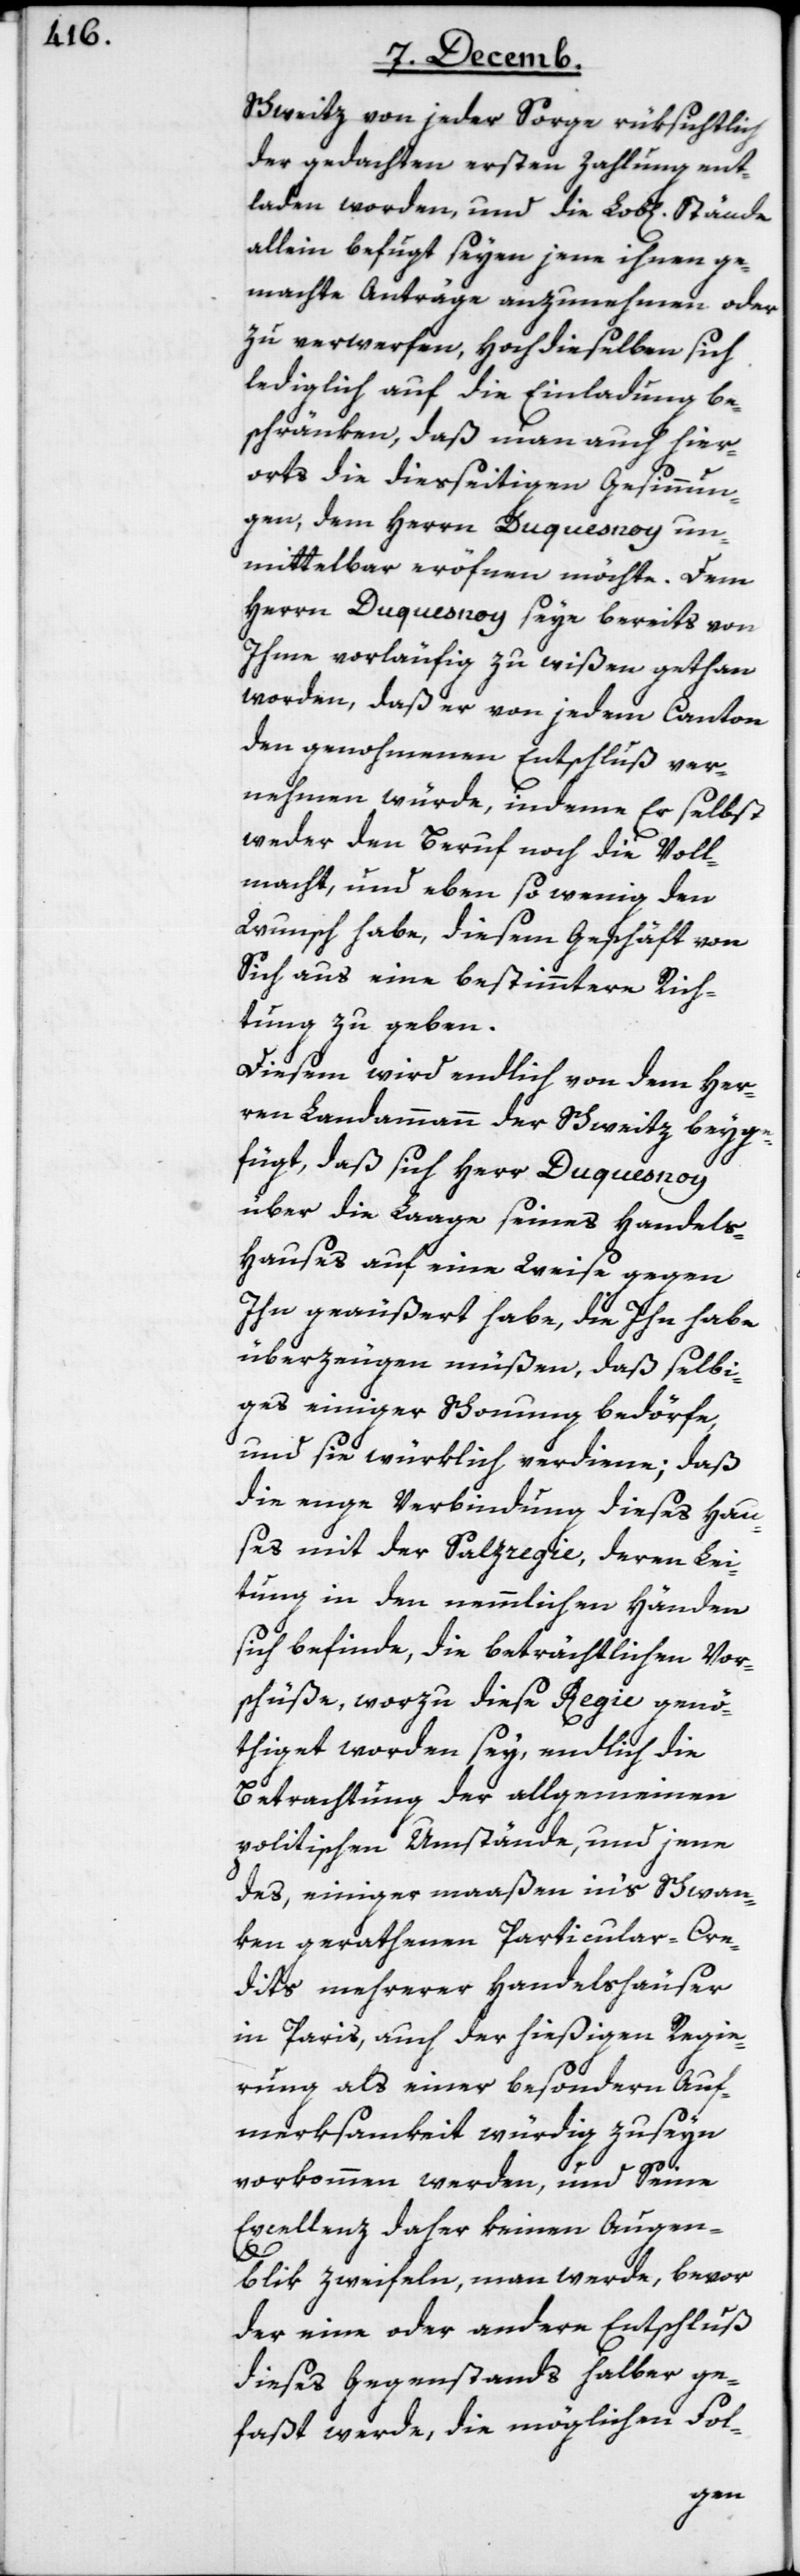
Schweitz von jeder Sorge rüksichtlich
der gedachten ersten Zahlung ent¬
laden worden, und die Lob[lichen]
allein befugt seyen jene ihnen ge¬
machte Anträge anzunehmen oder
zu verwerfen, Hochdieselben sich
lediglich auf die Einladung be¬
schränken, daß man auch hier¬
orts die dieseitigen Gesinnun¬
gen, dem Herrn Duquesnoy un¬
mittelbar eröfnen möchte. Dem
Herrn Dusquesnoy seye bereits von
Ihme vorläufig zu wißen gethan
worden, daß er von jedem Canton
den genohmenen Entschluß ver¬
nehmen würde, indeme Er selbst
weder den Beruf noch die Voll¬
macht, und eben so wenig den
Wunsch habe, diesem Geschäft von
Sich aus eine bestimmtere Rich¬
tung zu geben.
Diesem wird endlich von dem Her¬
ren Landammann der Schweitz beyge¬
fügt, daß sich Herr Duquesnoy
über die Laage seines Handels-H¬
auses auf eine Weise gegen
Ihn geäußert habe, die Ihn habe
überzeugen müßen, daß selbi¬
ges einiger Schonung bedörfe,
und sie würklich verdiene; daß
die enge Verbindung dieses Hau¬
ses mit der Salzregie, deren Lei¬
tung in den nemmlichen Händen
sich befinde, die beträchtlichen Vor¬
schüße, worzu diese Regie genö¬
thiget worden sey, endlich die
Betrachtung der allgemeinen
politischen Umstände, und jene
des, einiger maaßen in’s Schwan¬
ken geratenen Particular-Cre¬
dits mehrerer Handelshäuser
in Paris, auch der hießigen Regie¬
rung als einer besondern Auf¬
merksamkeit würdig zu seyn
vorkommen werden, und Seine
Excellenz daher keinen Augen¬
blik zweifeln, man werde, bevor
der eine oder andere Entschluß
dieses Gegenstands halber ge¬
faßt werde, die möglichen Fol-